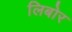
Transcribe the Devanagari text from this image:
लिबोर